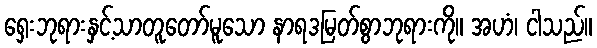
ရှေးဘုရားနှင့်သာတူတော်မူသော နာရဒမြတ်စွာဘုရားကို။ အဟံ၊ ငါသည်။